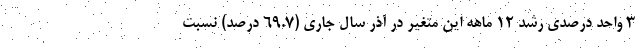
۳ واحد درصدی رشد ۱۲ ماهه این متغیر در آذر سال جاری (۶۹.۷ درصد) نسبت